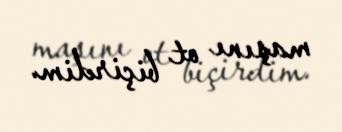
maşını ot biçirdim.